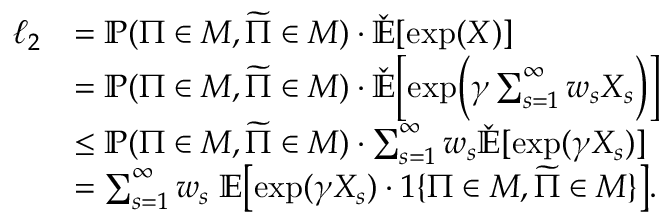
\begin{array} { r l } { \ell _ { 2 } } & { = \mathbb { P } ( \Pi \in { \cal M } , \widetilde { \Pi } \in { \cal M } ) \cdot \check { \mathbb { E } } [ \exp ( X ) ] } \\ & { = \mathbb { P } ( \Pi \in { \cal M } , \widetilde { \Pi } \in { \cal M } ) \cdot \check { \mathbb { E } } \Bigl [ \exp \Bigl ( \gamma \sum _ { s = 1 } ^ { \infty } w _ { s } X _ { s } \Bigr ) \Bigr ] } \\ & { \leq \mathbb { P } ( \Pi \in { \cal M } , \widetilde { \Pi } \in { \cal M } ) \cdot \sum _ { s = 1 } ^ { \infty } w _ { s } \check { \mathbb { E } } [ \exp ( \gamma X _ { s } ) ] } \\ & { = \sum _ { s = 1 } ^ { \infty } w _ { s } \; \mathbb { E } \bigl [ \exp ( \gamma X _ { s } ) \cdot 1 \{ \Pi \in { \cal M } , \widetilde { \Pi } \in { \cal M } \} \bigr ] . } \end{array}